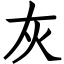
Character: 灰